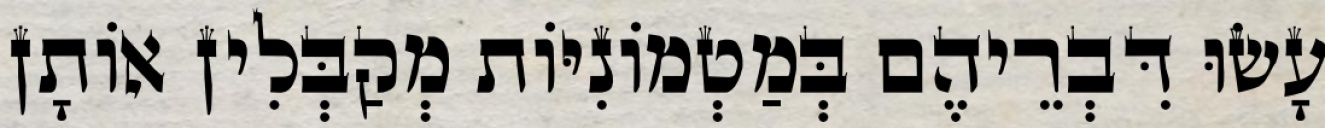
עָשׂוּ דִּבְרֵיהֶם בְּמַטְמוֹנִיּוֹת מְקַבְּלִין אוֹתָן